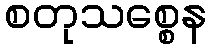
စတုသစ္စေန